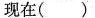
现在（ ）